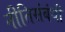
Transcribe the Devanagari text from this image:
नीतिसंबंधी